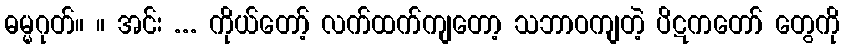
ဓမ္မဂုတ်။ ။ အင်း ... ကိုယ်တော့် လက်ထက်ကျတော့ သဘာဝကျတဲ့ ပိဋကတော် တွေကို